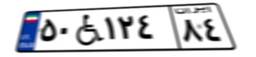
۵۰W۱۲۴۸۴